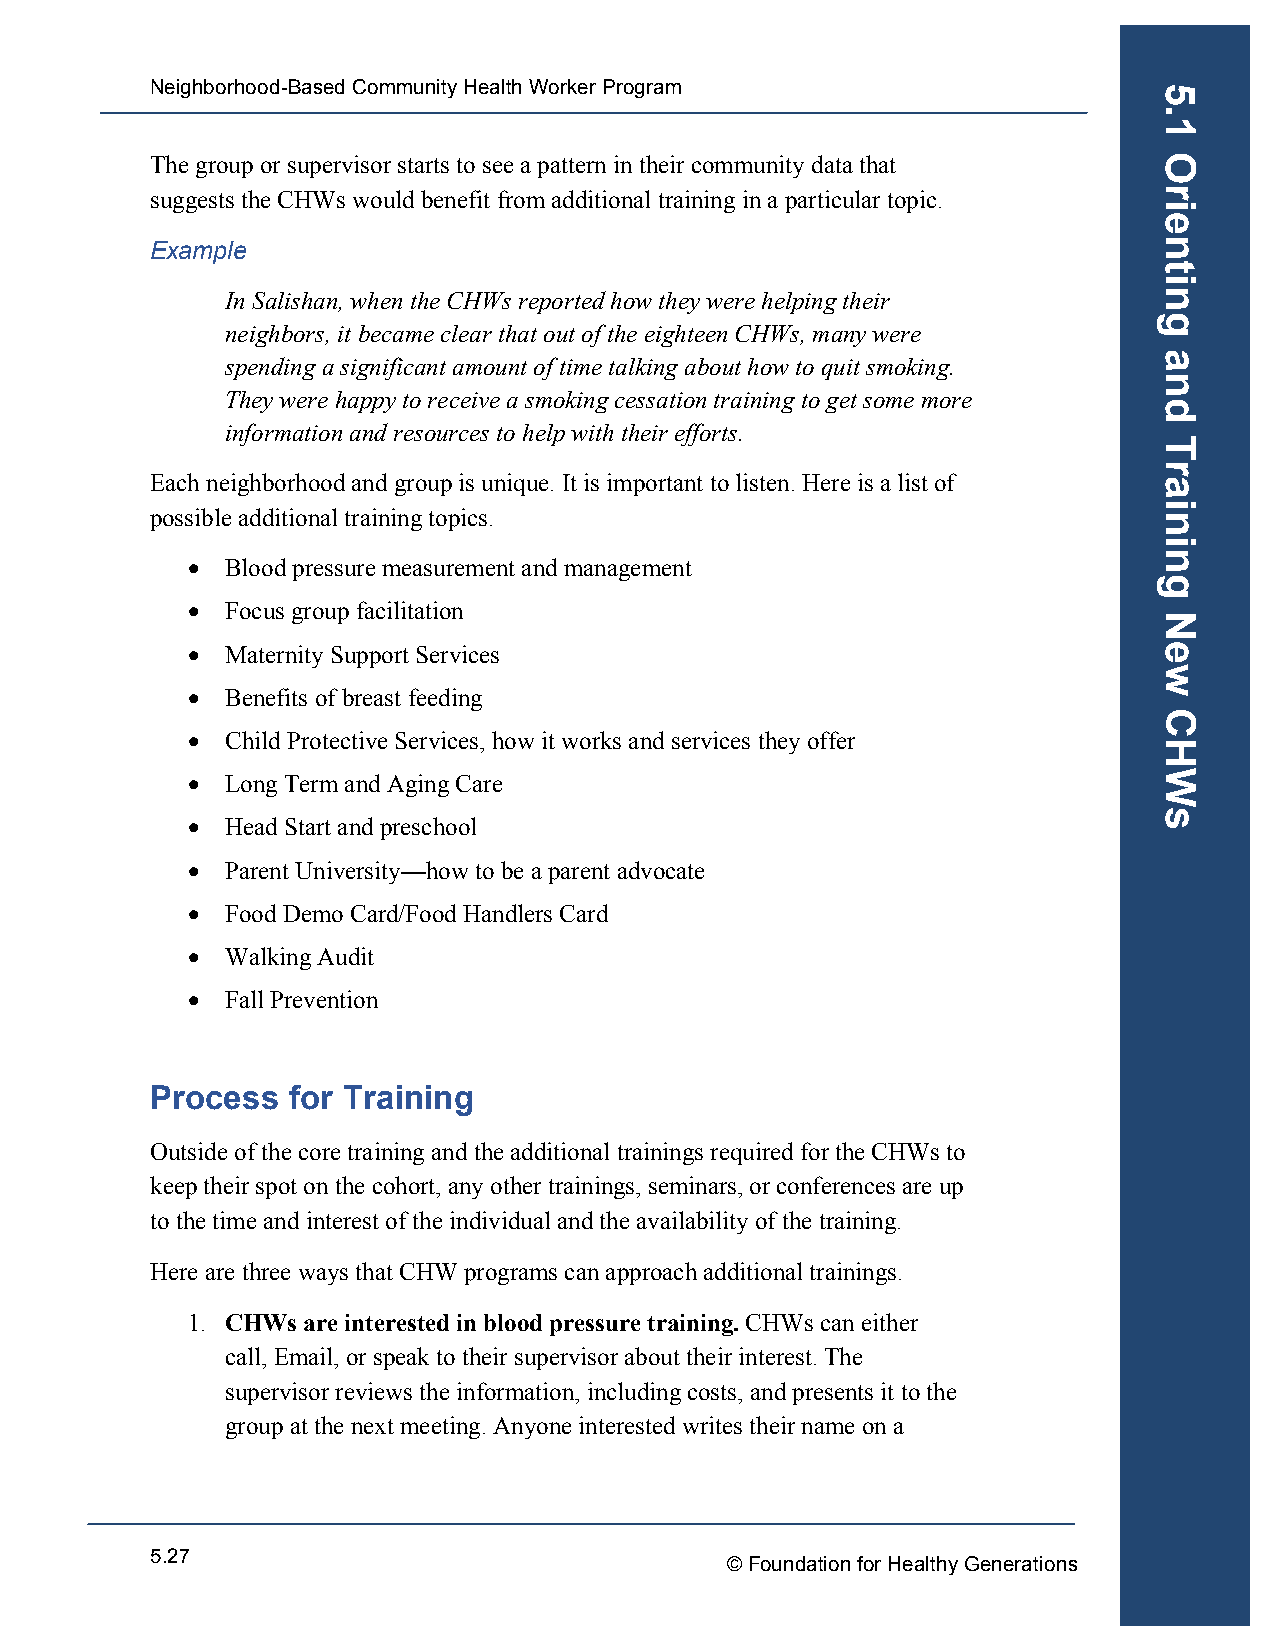
Neighborhood-Based Community Health Worker Program
 The group or supervisor starts to see a pattern in their community data that
 suggests the CHWs would benefit from additional training in a particular topic.
 Example
 In Salishan, when the CHWs reported how they were helping their
 neighbors, it became clear that out of the eighteen CHWs, many were
 spending a significant amount of time talking about how to quit smoking.
 They were happy to receive a smoking cessation training to get some more
 information and resources to help with their efforts.
 Each neighborhood and group is unique. It is important to listen. Here is a list of
 possible additional training topics.
 •  Blood pressure measurement and management
 •  Focus group facilitation
 •  Maternity Support Services
 •  Benefits of breast feeding
 •  Child Protective Services, how it works and services they offer
 •  Long Term and Aging Care
 •  Head Start and preschool
 •  Parent University—how to be a parent advocate
 •  Food Demo Card/Food Handlers Card
 •  Walking Audit
 •  Fall Prevention
 Process  for Training
 Outside of the core training and the additional trainings required for the CHWs to
 keep their spot on the cohort, any other trainings, seminars, or conferences are up
 to the time and interest of the individual and the availability of the training.
 Here are three ways that CHW programs can approach additional trainings.
 1. CHWs are interested in blood pressure training. CHWs can either
 call, Email, or speak to their supervisor about their interest. The
 supervisor reviews the information, including costs, and presents it to the
 group at the next meeting. Anyone interested writes their name on a
 5.27
 © Foundation for Healthy Generations
 5.1
 Orienting
 and
 Training
 New
 CHWs